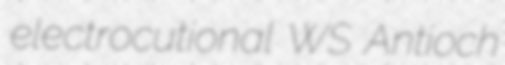
electrocutional WS Antioch